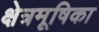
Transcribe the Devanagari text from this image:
क्षेत्रमूषिका